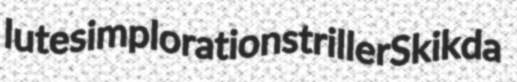
lutes implorations triller Skikda